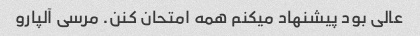
عالی بود پیشنهاد میکنم همه امتحان کنن. مرسی آلپارو